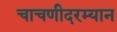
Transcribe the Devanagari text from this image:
चाचणीदरम्यान